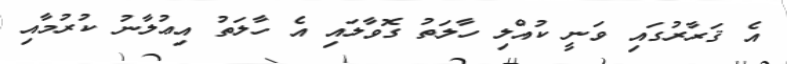
އެ ޤަރާރުގައި ވަނީ ކުއްލި ހާލަތު ގޮވާލައި އެ ހާލަތު އިޢުލާނު ކުރުމާއި